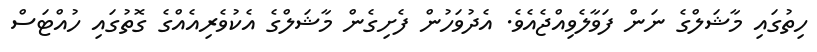
ހިތުގައި މާޝަލްގެ ނަން ފަވާލެވިއްޖެއެވެ. އެދުވަހުން ފެށިގެން މާޝަލްގެ އެކުވެރިއެއްގެ ގޮތުގައި ހުއްޓަސް